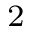
^ 2